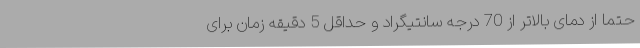
حتما از دمای بالاتر از 70 درجه سانتیگراد و حداقل 5 دقیقه زمان برای